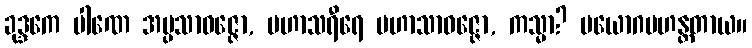
ခုဒ္ဒကေ ပါဏေ အပ္ပသာဝဇ္ဇော, မဟာသရီရေ မဟာသာဝဇ္ဇော, ကသ္မာ? ပယောဂမဟန္တတာယ။